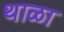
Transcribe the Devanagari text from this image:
थाळा